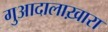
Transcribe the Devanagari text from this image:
गुआदालाख़ारा